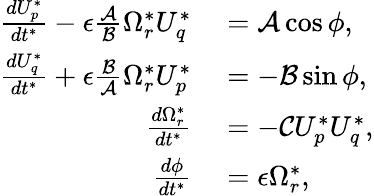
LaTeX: \begin{array}{rl}{\frac{dU_{p}^{*}}{dt^{*}}-\epsilon\frac{\mathcal{A}}{\mathcal{B}}\Omega_{r}^{*}U_{q}^{*}}&{{}=\mathcal{A}\cos\phi,}\\ {\frac{dU_{q}^{*}}{dt^{*}}+\epsilon\frac{\mathcal{B}}{\mathcal{A}}\Omega_{r}^{*}U_{p}^{*}}&{{}=-\mathcal{B}\sin\phi,}\\ {\frac{d\Omega_{r}^{*}}{dt^{*}}}&{{}=-\mathcal{C}U_{p}^{*}U_{q}^{*},}\\ {\frac{d\phi}{dt^{*}}}&{{}=\epsilon\Omega_{r}^{*},}\end{array}